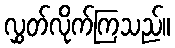
လွှတ်လိုက်ကြသည်။